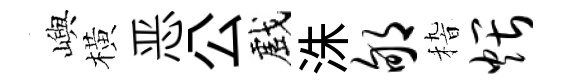
嶼橫恶公戲洙郇𥟵煨